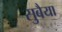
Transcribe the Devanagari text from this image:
सुबैया